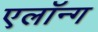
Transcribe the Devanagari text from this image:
एलॉन्ग